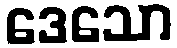
ဒေသော